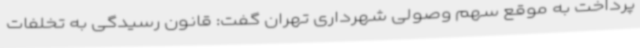
پرداخت به موقع سهم وصولی شهرداری تهران گفت: قانون رسیدگی به تخلفات